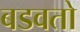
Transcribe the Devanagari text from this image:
बडवतो